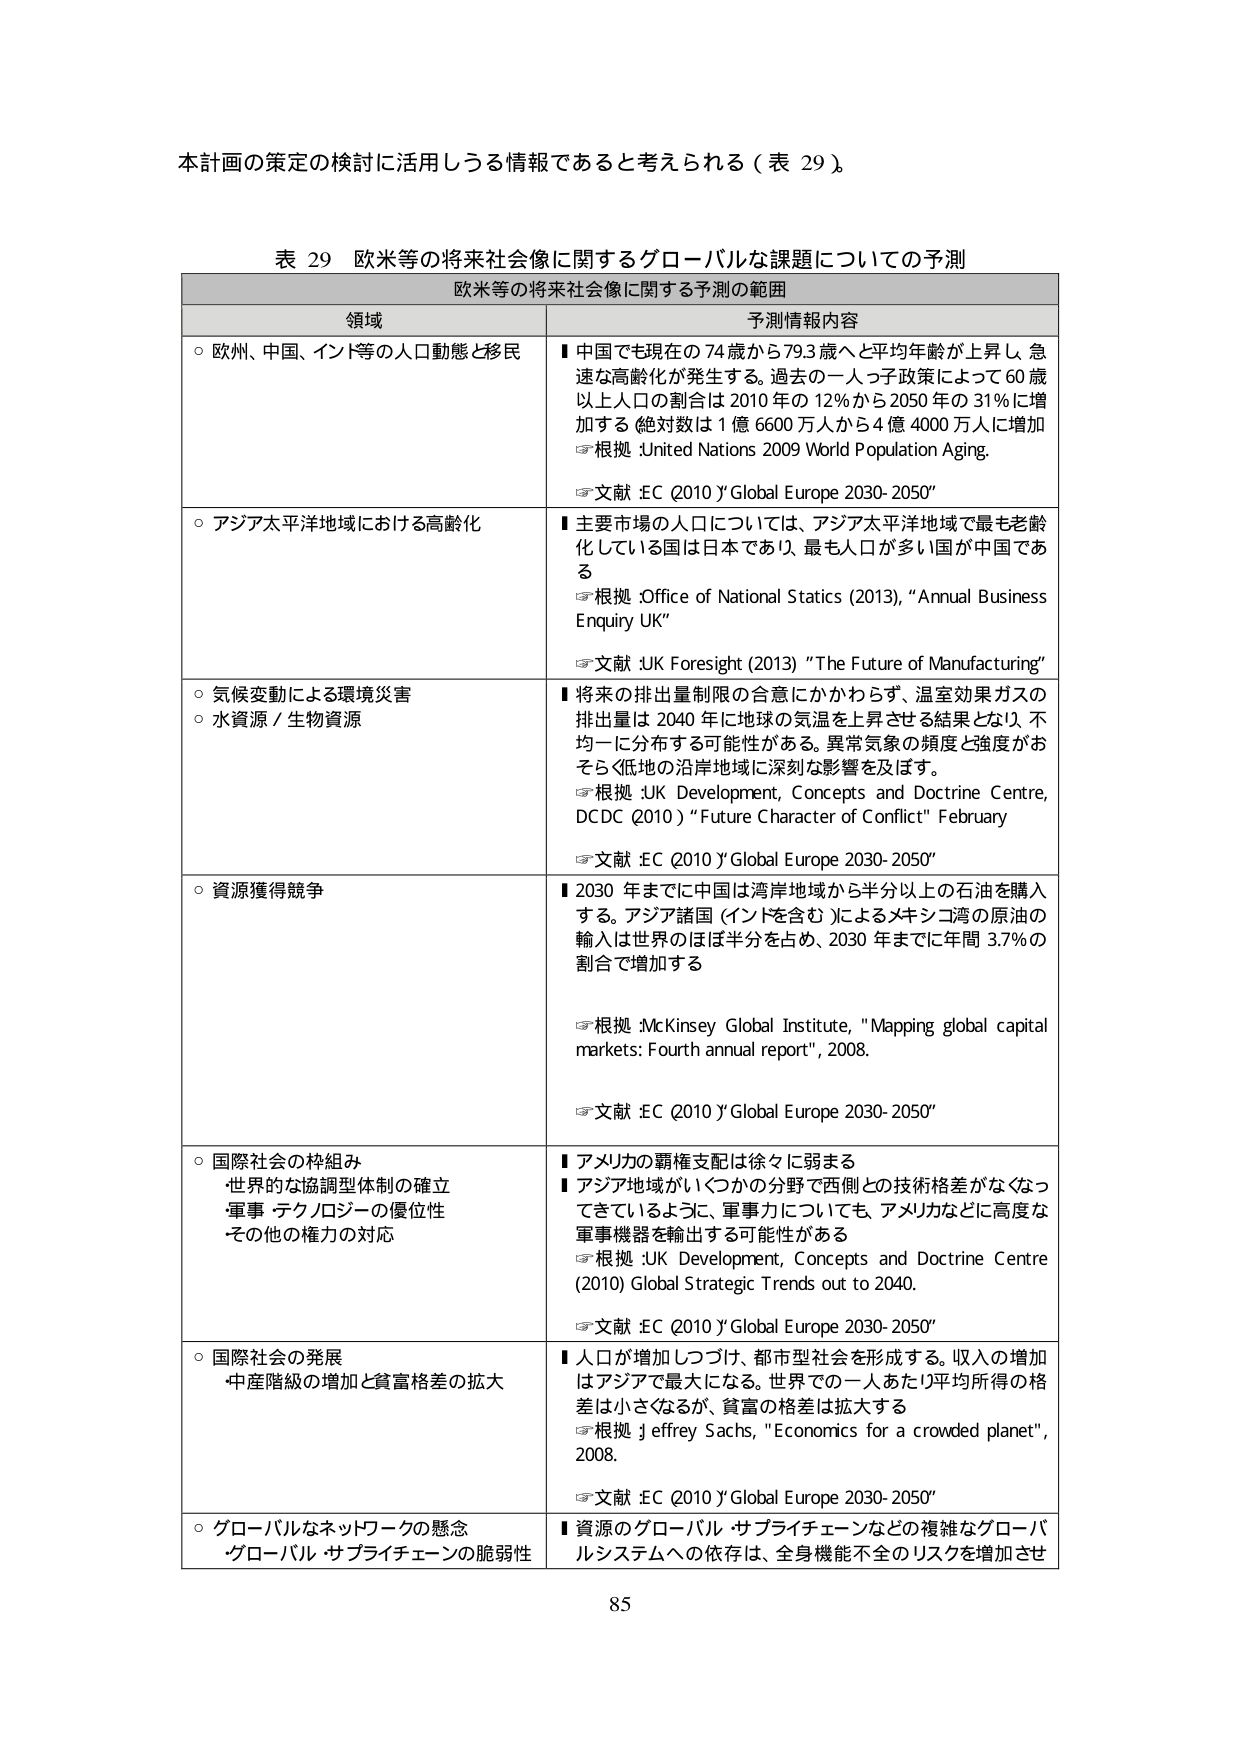
本計画の策定の検討に活用しうる情報であると考えられる（表 29）。

表 29 欧米等の将来社会像に関するグローバルな課題についての予測
欧米等の将来社会像に関する予測の範囲

領域 予測情報内容

○ 欧州、中国、インド等の人口動態と移民
■ 中国でも現在の74歳から79.3歳へと平均年齢が上昇し、急速な高齢化が発生する。過去の一人っ子政策によって60歳以上人口の割合は2010年の12％から2050年の31％に増加する（絶対数は1億6600万人から4億4000万人に増加）
☞ 根拠：United Nations 2009 World Population Aging.
☞ 文献：EC (2010) "Global Europe 2030-2050"

○ アジア太平洋地域における高齢化
■ 主要市場の人口については、アジア太平洋地域で最も高齢化している国は日本であり、最も人口が多い国が中国である
☞ 根拠：Office of National Statics (2013), "Annual Business Enquiry UK"
☞ 文献：UK Foresight (2013) "The Future of Manufacturing"

○ 気候変動による環境災害
○ 水資源／生物資源
■ 将来の排出量制限の合意にかかわらず、温室効果ガスの排出量は2040年に地球の気温を上昇させる結果となり、不均一に分布する可能性がある。異常気象の頻度と強度がおぞらく低地の沿岸地域に深刻な影響を及ぼす。
☞ 根拠：UK Development, Concepts and Doctrine Centre, DCDC (2010) "Future Character of Conflict" February
☞ 文献：EC (2010) "Global Europe 2030-2050"

○ 資源獲得競争
■ 2030年までに中国は湾岸地域から半分以上の石油を購入する。アジア諸国（インドを含む）によるメキシコ湾の原油の輸入は世界のほぼ半分を占め、2030年までに年間3.7％の割合で増加する
☞ 根拠：McKinsey Global Institute, "Mapping global capital markets: Fourth annual report", 2008.
☞ 文献：EC (2010) "Global Europe 2030-2050"

○ 国際社会の枠組み
・世界的な協調型体制の確立
・軍事・テクノロジーの優位性
・その他の権力の対応
■ アメリカの覇権支配は徐々に弱まる
■ アジア地域がいくつかの分野で西側との技術格差がなくなってきたように、軍事力についても、アメリカなどに高度な軍事機器を輸出する可能性がある
☞ 根拠：UK Development, Concepts and Doctrine Centre (2010) Global Strategic Trends out to 2040.
☞ 文献：EC (2010) "Global Europe 2030-2050"

○ 国際社会の発展
・中産階級の増加と貧富格差の拡大
■ 人口が増加しつづけ、都市型社会を形成する。収入の増加はアジアで最大になる。世界での一人あたり平均所得の格差は小さくなるが、貧富の格差は拡大する
☞ 根拠：Jeffrey Sachs, "Economics for a crowded planet", 2008.
☞ 文献：EC (2010) "Global Europe 2030-2050"

○ グローバルなネットワークの懸念
・グローバル・サプライチェーンの脆弱性
■ 資源のグローバル・サプライチェーンなどの複雑なグローバルシステムへの依存は、全身機能不全のリスクを増加させ

85